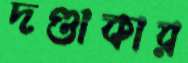
দণ্ডাকার